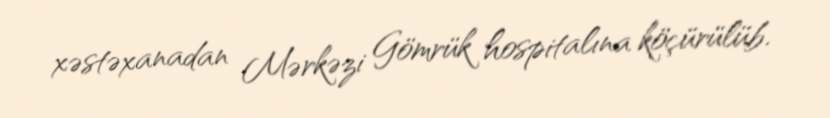
xəstəxanadan Mərkəzi Gömrük hospitalına köçürülüb.